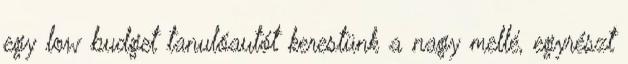
egy low budget tanulóautót kerestünk a nagy mellé, egyrészt